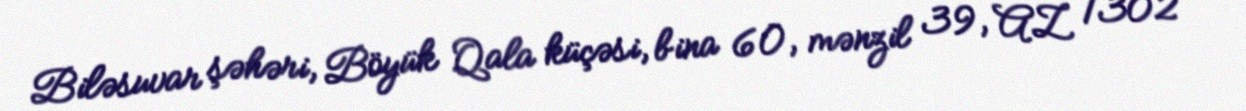
Biləsuvar şəhəri, Böyük Qala küçəsi, bina 60, mənzil 39, AZ 1302